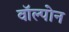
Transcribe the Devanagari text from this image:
वॉल्पोन